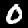
Label: 0